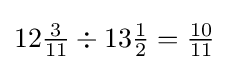
12{\tfrac {3}{11}}\div 13{\tfrac {1}{2}}={\tfrac {10}{11}}